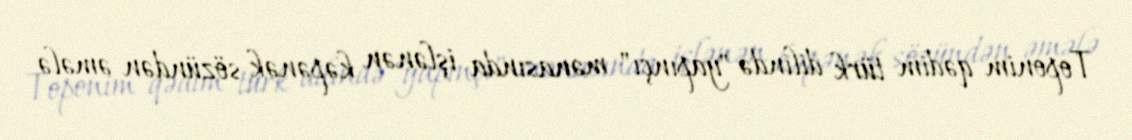
Toponim qədim türk dilində "yapınçı" mənasında işlənən kəpənək sözündən əmələ